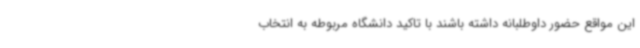
این مواقع حضور داوطلبانه داشته باشند با تاکید دانشگاه مربوطه به انتخاب